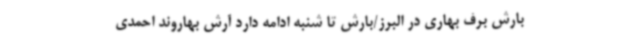
بارش برف بهاری در البرز/بارش تا شنبه ادامه دارد آرش بهاروند احمدی